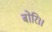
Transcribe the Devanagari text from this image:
बोरि।।